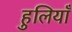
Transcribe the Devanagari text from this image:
हुलियाँ